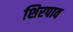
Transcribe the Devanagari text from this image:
शिरपाव